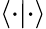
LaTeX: \langle\cdot\vert\cdot\rangle